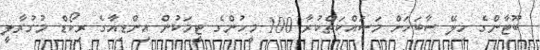
ބޫޓާންގެ ހިލޭ ސާބަހަށް މަސައްކަތްކުރާ 100 މީހުންގެ ޓީމަކުން އިންޑިއާގެ ރިކޯޑް މުގުރާލީ